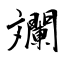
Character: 斕